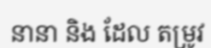
នានា និង ដែល តម្រូវ